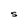
Character: S